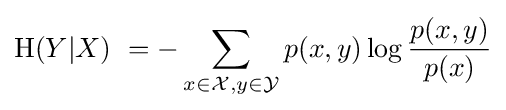
\mathrm {H} (Y|X)\ =-\sum _{x\in {\mathcal {X}},y\in {\mathcal {Y}}}p(x,y)\log {\frac {p(x,y)}{p(x)}}